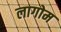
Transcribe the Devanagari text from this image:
लागोम